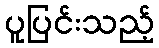
ပူပြင်းသည့်